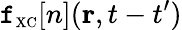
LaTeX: \mathtt{f}_{\scriptscriptstyle\mathrm{{XC}}}[n]({\mathbf{r}},t-t^{\prime})